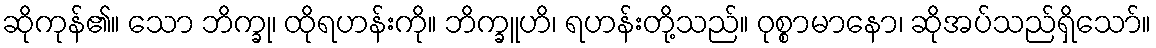
ဆိုကုန်၏။ သော ဘိက္ခု၊ ထိုရဟန်းကို။ ဘိက္ခူဟိ၊ ရဟန်းတို့သည်။ ဝုစ္စာမာနော၊ ဆိုအပ်သည်ရှိသော်။